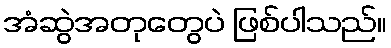
အံဆွဲအတုတွေပဲ ဖြစ်ပါသည်။